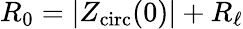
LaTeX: R_{0}=\left|Z_{\mathrm{circ}}(0)\right|+R_{\ell}